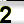
Digit: 2